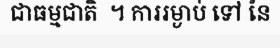
ជាធម្មជាតិ  ។ ការរម្ងាប់ ទៅ នៃ